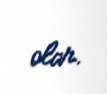
olar.